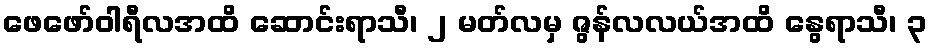
ဖေဖော်ဝါရီလအထိ ဆောင်းရာသီ၊ ၂ မတ်လမှ ဇွန်လလယ်အထိ နွေရာသီ၊ ၃